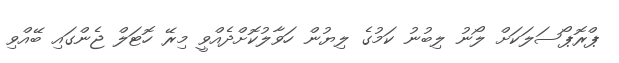
ޕްރޮޕޯސަލަކަށް ލޯނު ލިބުނު ކަމުގެ ލިޔުން ހަވާލުކޮށްދެއްވީ މިރޭ ހޮޓަލް ޖެންގައި ބޭއްވި